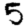
Digit: 5